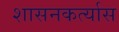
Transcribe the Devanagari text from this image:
शासनकर्त्यास